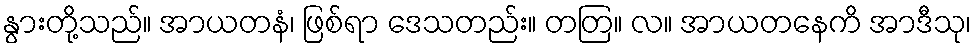
နွားတို့သည်။ အာယတနံ၊ ဖြစ်ရာ ဒေသတည်း။ တတြ။ လ။ အာယတနေကိ အာဒီသု၊